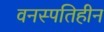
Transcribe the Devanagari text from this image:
वनस्पतिहीन